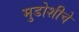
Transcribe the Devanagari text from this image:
मुडोशीचे